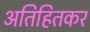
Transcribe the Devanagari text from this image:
अतिहितकर